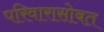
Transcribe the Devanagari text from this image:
परिवारासोबत